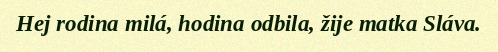
Hej rodina milá, hodina odbila, žije matka Sláva.